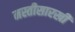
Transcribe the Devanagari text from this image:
मस्तीसारखी